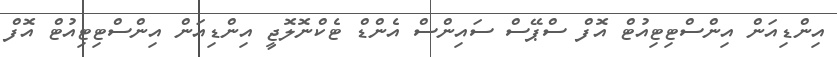
އިންޑިއަން އިންސްޓިޓިއުޓް އޮފް ސްޕޭސް ސައިންސް އެންޑް ޓެކްނޮލޮޖީ އިންޑިއަން އިންސްޓިޓިއުޓް އޮފް